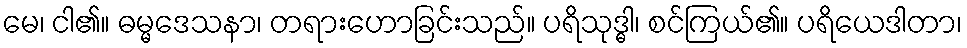
မေ၊ ငါ၏။ ဓမ္မဒေသနာ၊ တရားဟောခြင်းသည်။ ပရိသုဒ္ဓါ၊ စင်ကြယ်၏။ ပရိယေဒါတာ၊